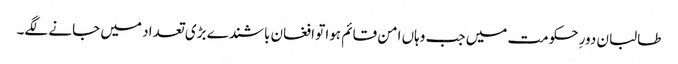
طالبان دورِ حکومت میں جب وہاں امن قائم ہوا تو افغان باشندے بڑی تعداد میں جانے لگے۔